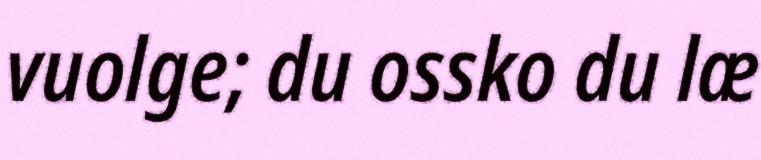
vuolge; du ossko du læ